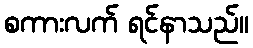
စကားလက် ရင်နာသည်။